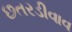
છતરડીવાવ